Lunatic asylums Central Provinces reports 1895-1909 - 1895-1909
Year: 1895
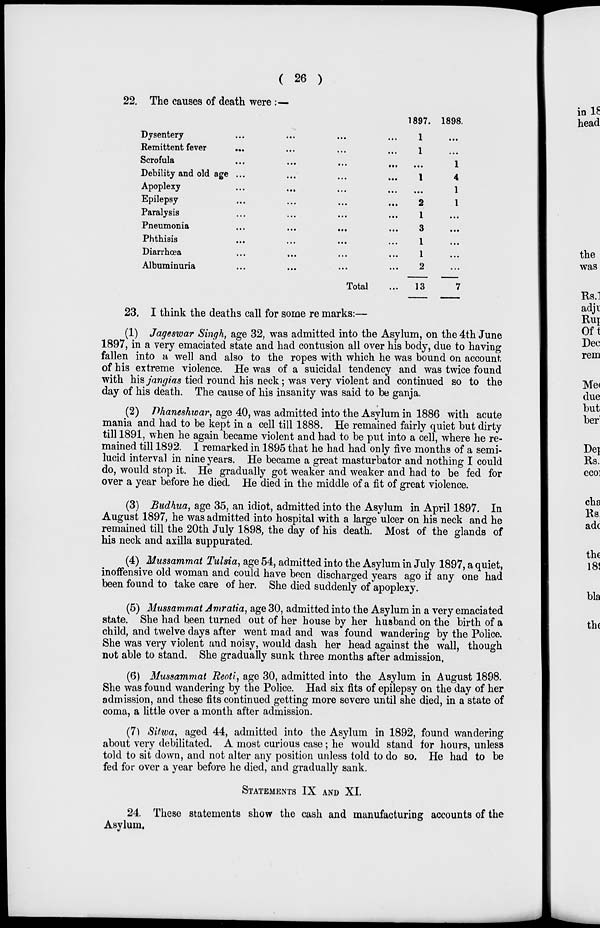
( 26 )
22. The causes of death were:—
Dysentery ... ... ... ...
Remittent fever ... ... ... ...
Scrofula ... ... ... ...
Debility and old age ... ... ... ...
Apoplexy ... ... ... ...
Epilepsy ... ... ... ...
Paralysis ... ... ... ...
Pneumonia ... ... ... ...
Phthisis ... ... ... ...
Diarrhœa ... ... ... ...
Albuminuria ... ... ... ...
Total ...
1897.
1
1
...
1
...
2
1
3
1
1
2
13
1898.
...
...
1
4
1
1
...
...
...
...
...
7
23. I think the deaths call for some re marks:—
(1) Jageswar Singh, age 32, was admitted into the Asylum, on the 4th June
1897, in a very emaciated state and had contusion all over his body, due to having
fallen into a well and also to the ropes with which he was bound on account
of his extreme violence. He was of a suicidal tendency and was twice found
with his jangias tied round his neck; was very violent and continued so to the
day of his death. The cause of his insanity was said to be ganja.
(2) Dhaneshwar, age 40, was admitted into the Asylum in 1886 with acute
mania and had to be kept in a cell till 1888. He remained fairly quiet but dirty
till 1891, when he again became violent and had to be put into a cell, where he re-
mained till 1892. I remarked in 1895 that he had had only five months of a semi-
lucid interval in nine years. He became a great masturbator and nothing I could
do, would stop it. He gradually got weaker and weaker and had to be fed for
over a year before he died. He died in the middle of a fit of great violence.
(3) Budhua, age 35, an idiot, admitted into the Asylum in April 1897. In
August 1897, he was admitted into hospital with a large ulcer on his neck and he
remained till the 20th July 1898, the day of his death. Most of the glands of
his neck and axilla suppurated.
(4) Mussammat Tulsia, age 54, admitted into the Asylum in July 1897, a quiet,
inoffensive old woman and could have been discharged years ago if any one had
been found to take care of her. She died suddenly of apoplexy.
(5) Mussammat Amratia, age 30, admitted into the Asylum in a very emaciated
state. She had been turned out of her house by her husband on the birth of a
child, and twelve days after went mad and was found wandering by the Police.
She was very violent and noisy, would dash her head against the wall, though
not able to stand. She gradually sunk three months after admission,
(6) Mussammat Reoti, age 30, admitted into the Asylum in August 1898.
She was found wandering by the Police. Had six fits of epilepsy on the day of her
admission, and these fits continued getting more severe until she died, in a state of
coma, a little over a month after admission.
(7) Sitwa, aged 44, admitted into the Asylum in 1892, found wandering
about very debilitated. A most curious case ; he would stand for hours, unless
told to sit down, and not alter any position unless told to do so. He had to be
fed for over a year before he died, and gradually sank.
STATEMENTS IX AND XI.
24. These statements show the cash and manufacturing accounts of the
Asylum.